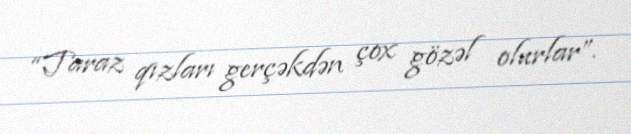
“Taraz qızları gerçəkdən çox gözəl olurlar”.